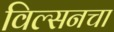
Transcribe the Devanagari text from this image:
विल्सनचा